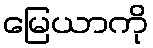
မြေယာကို